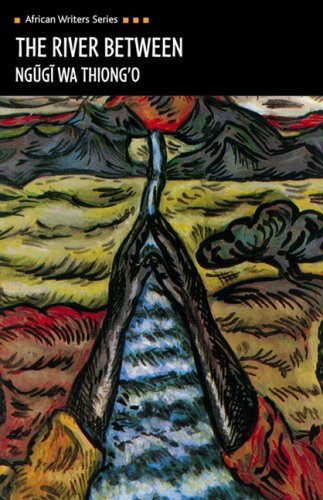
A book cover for The River Between (African Writers Series); Ngugi Wa Thiong'o; Literature & Fiction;